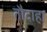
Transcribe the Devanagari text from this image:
तौदाहा